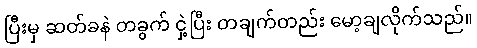
ပြီးမှ ဆတ်ခနဲ တခွက် ငှဲ့ပြီး တချက်တည်း မော့ချလိုက်သည်။